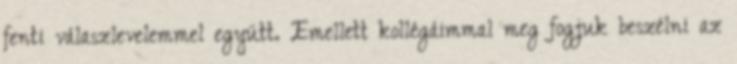
fenti válaszlevelemmel együtt. Emellett kollégáimmal meg fogjuk beszélni az